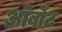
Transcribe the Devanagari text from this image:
ऑर्बोट